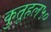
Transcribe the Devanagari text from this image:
कुतूहल५०